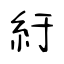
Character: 紆